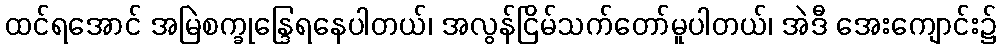
ထင်ရအောင် အမြဲစက္ခုန္ဒြေရနေပါတယ်၊ အလွန်ငြိမ်သက်တော်မူပါတယ်၊ အဲဒီ အေးကျောင်း၌